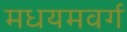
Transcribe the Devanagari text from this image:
मधयमवर्ग